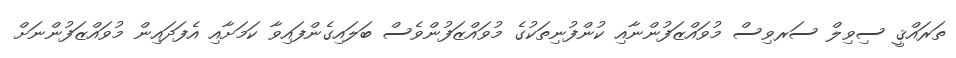
ތަރައްޤީ ސިވިލް ސަރވިސް މުވައްޒަފުންނާއި ކުންފުނިތަކުގެ މުވައްޒަފުންވެސް ބަލައިގެންފައިވާ ކަމަށާއި އެފަދައިން މުވައްޒަފުންނަށް